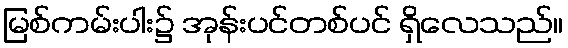
မြစ်ကမ်းပါး၌ အုန်းပင်တစ်ပင် ရှိလေသည်။